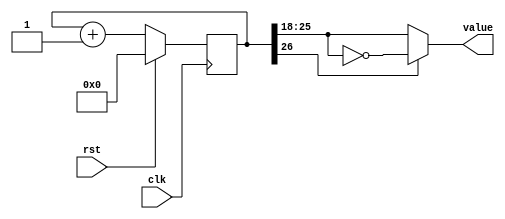
`timescale 1ns / 1ps
//////////////////////////////////////////////////////////////////////////////////
// Company: 
// Engineer: 
// 
// Design Name: 
// Module Name:    counter 
// Project Name: 
// Target Devices: 
// Tool versions: 
// Description: 
//
// Dependencies: 
//
// Revision: 
// Revision 0.01 - File Created
// Additional Comments: 
//
//////////////////////////////////////////////////////////////////////////////////
module counter#(parameter CTR_LEN = 27)(
	input clk,
	input rst,
	output reg [7:0] value
    );

reg[CTR_LEN-1:0] ctr_d, ctr_q;

always @(ctr_q) begin
	ctr_d = ctr_q + 1'b1;
	
	if (ctr_q[CTR_LEN-1])
		value = ~ctr_q[CTR_LEN-2:CTR_LEN-9];
	else
		value = ctr_q[CTR_LEN-2:CTR_LEN-9];
end

always @(posedge clk) begin
	if(rst) begin
		ctr_q <= 1'b0;
	end else begin
		ctr_q <= ctr_d;
	end
end

endmodule